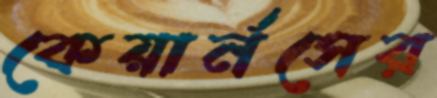
কেয়ার্নসের